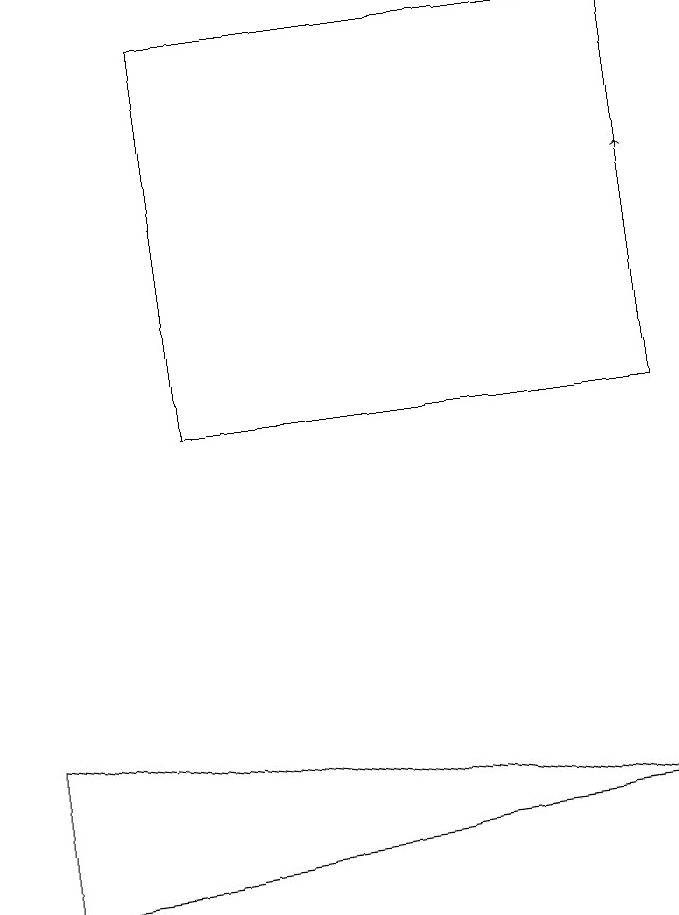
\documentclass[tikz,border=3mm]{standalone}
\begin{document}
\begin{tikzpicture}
\draw (0,7) -- (0,9) -- (8,8) -- cycle;
\draw (8,13) rectangle (2,18);
\draw[->] (8,14) -- (8,16);
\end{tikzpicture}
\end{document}